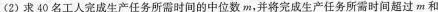
(2)求40名工人完成生产任务所需时间的中位数m，并将完成生产任务所需时间超过m和